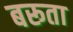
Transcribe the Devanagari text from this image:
बरूता